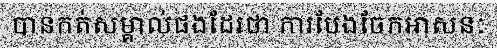
បានកត់សម្គាល់ផងដែរថា ការបែងចែកអាសនៈ